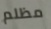
مظلم